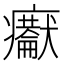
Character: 𤼇